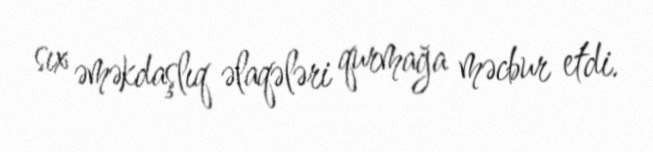
sıx əməkdaşlıq əlaqələri qurmağa məcbur etdi.